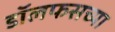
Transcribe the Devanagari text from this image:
डॉलफसच्या